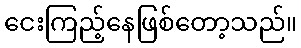
ငေးကြည့်နေဖြစ်တော့သည်။